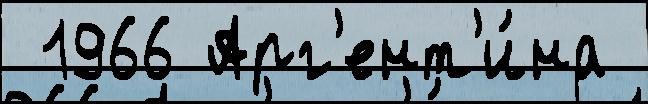
 1966 Арг'ент'и́на